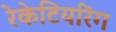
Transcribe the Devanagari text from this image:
रेकेटियरिंग